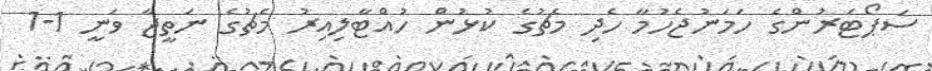
ސަޕޯޓަރުންގެ ހަމަނުޖެހުމާ ހެދި މެޗުގެ ކުޅުން ހުއްޓާލިއިރު މެޗުގެ ނަތީޖާ ވަނީ 1-1